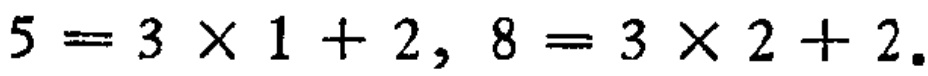
\(5 = 3\times 1 + 2, 8 = 3\times 2 + 2.\)